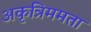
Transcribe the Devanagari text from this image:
अकृत्रिममता